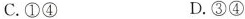
C.①④ D.③④